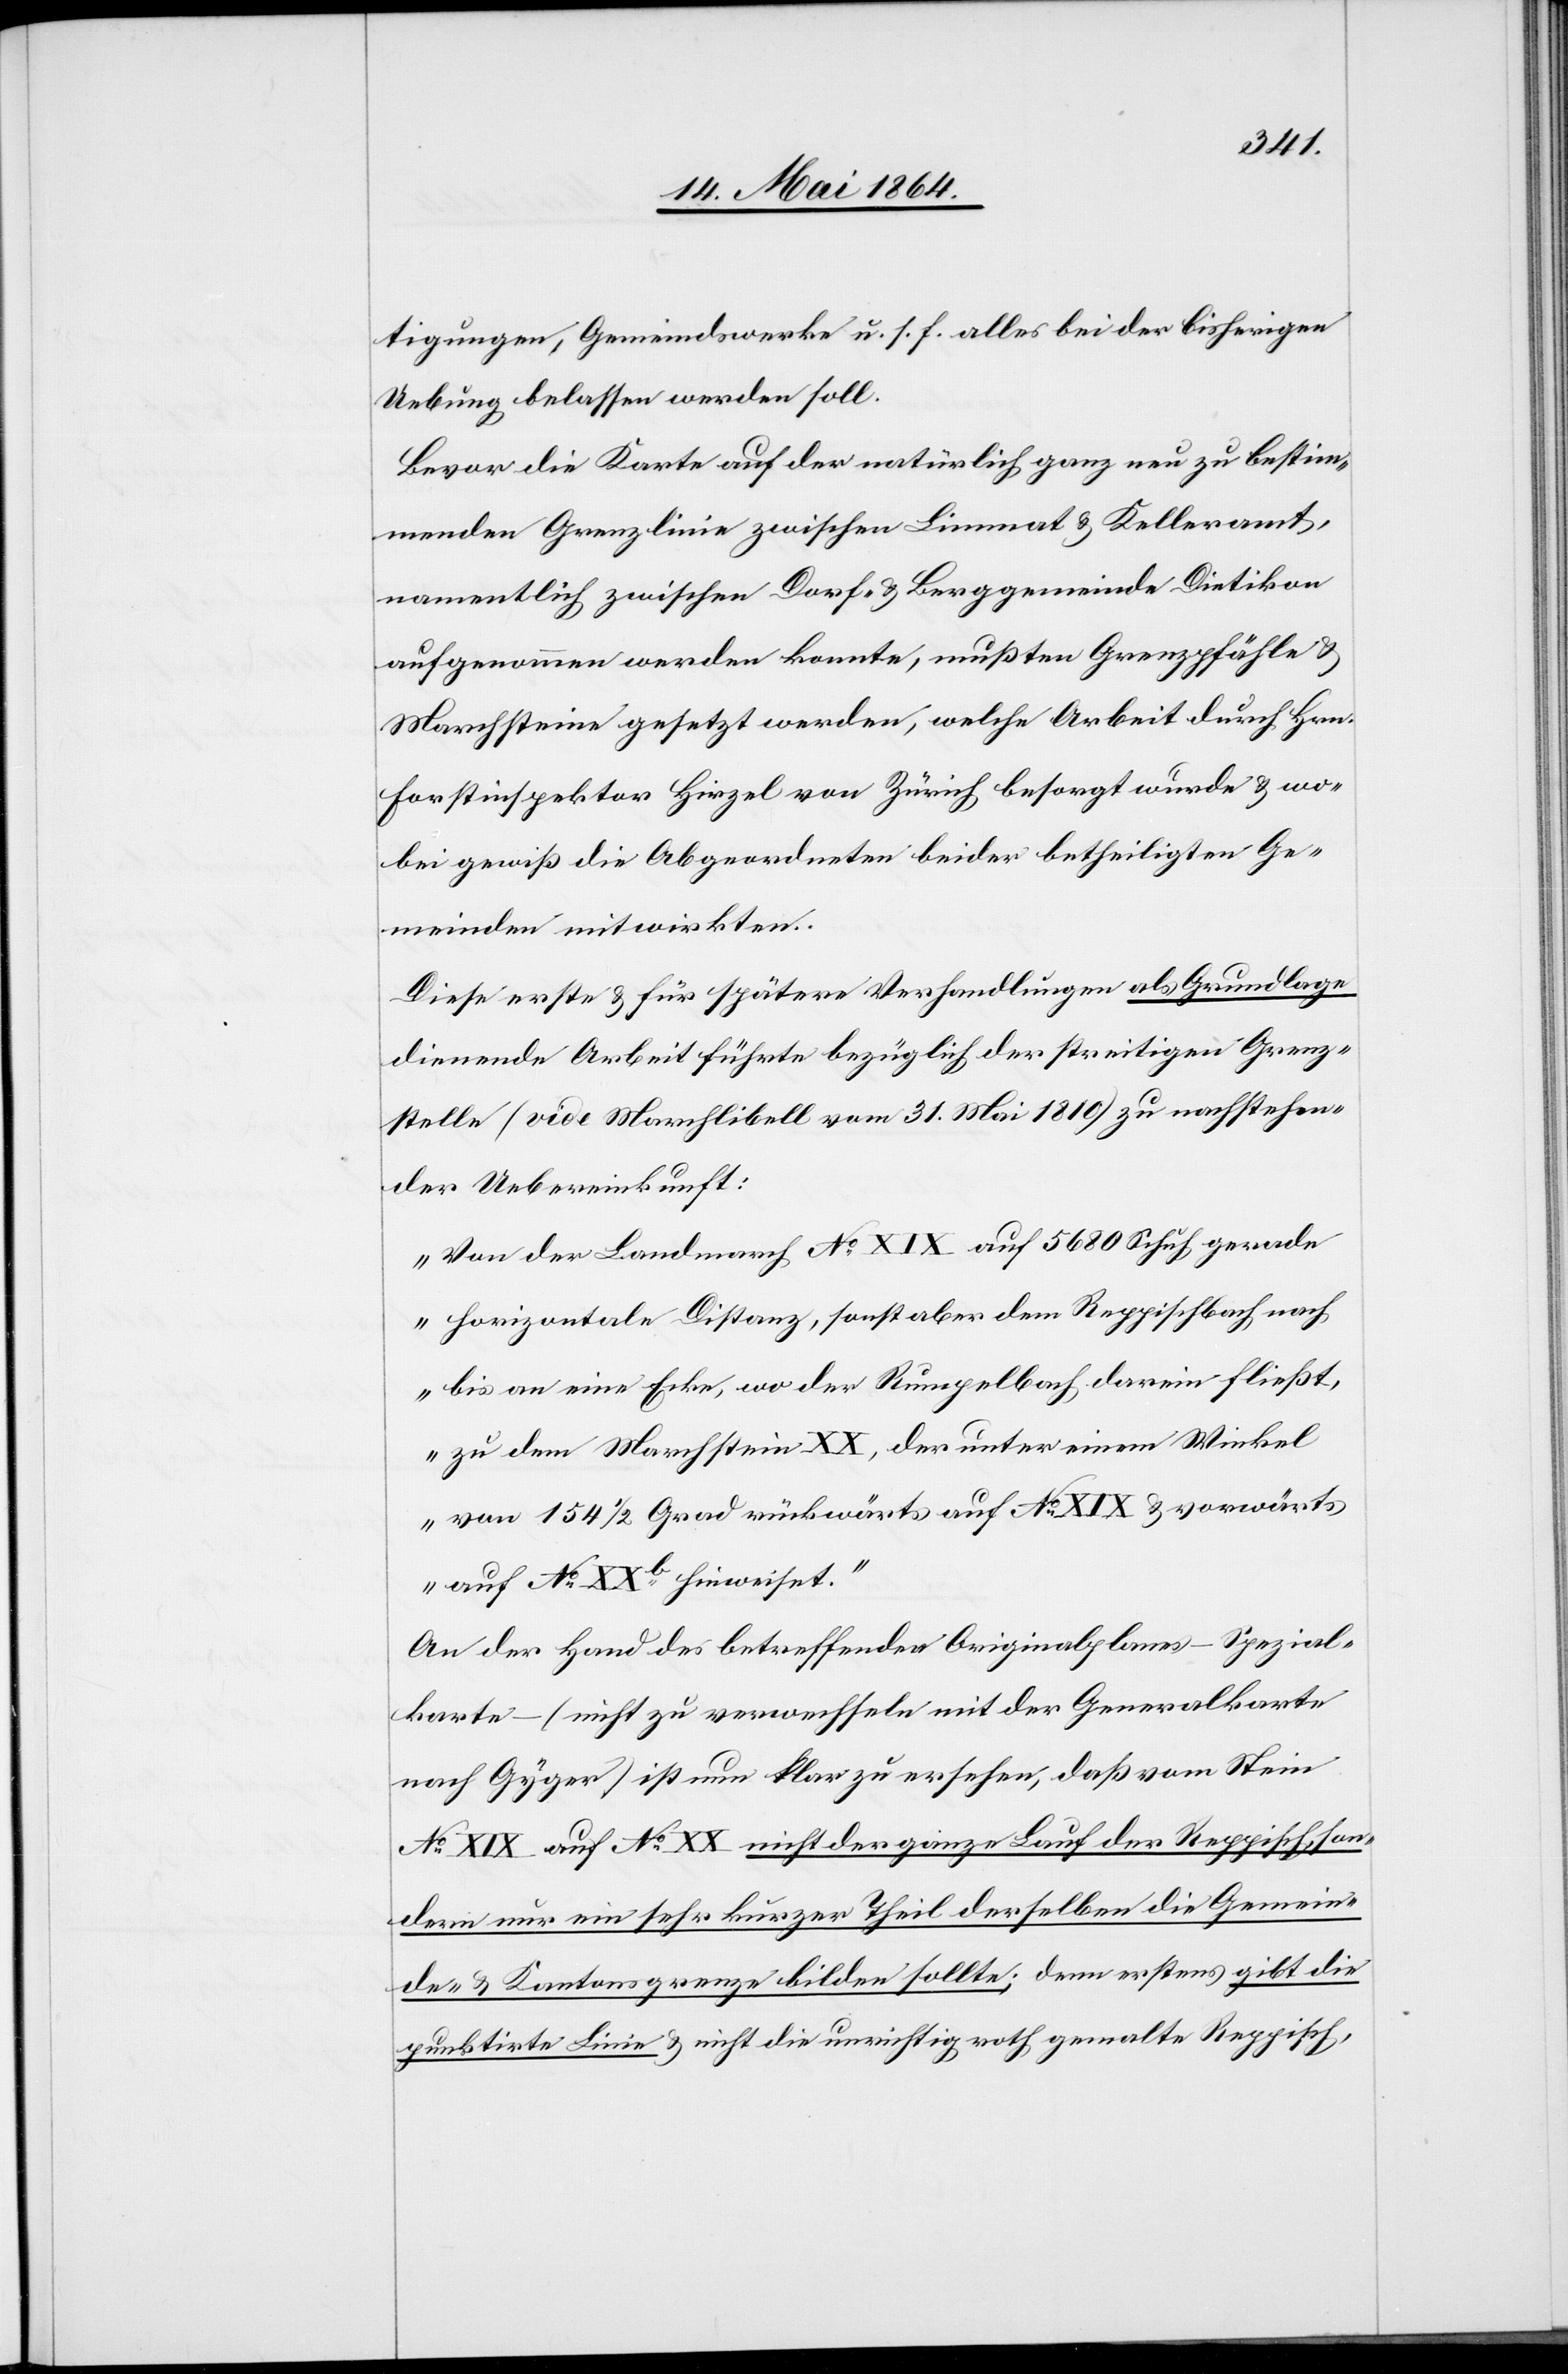
tigungen, Gemeindswerke u. s. f. alles bei der bisherigen
Uebung belassen werden soll.
Bevor die Karte auf der natürlich ganz neu zu bestim¬
menden Grenzlinie zwischen Limmat u. Kelleramt,
namentlich zwischen Dorf- u. Berggemeinde Dietikon
aufgenommen werden konnte, mußten Grenzpfähle u.
Marchsteine gesetzt werden, welche Arbeit durch Hrn.
Forstinspektor Hirzel von Zürich besorgt wurde u. wo¬
bei gewiß die Abgeordneten beider betheiligten Ge¬
meinden mitwirkten.
Diese erste u. für spätere Verhandlungen als Grundlage
dienende Arbeit führte bezüglich der streitigen Grenz¬
stelle (vide Marchlibell vom 31. Mai 1810) zu nachstehen¬
der Uebereinkunft:
„Von der Landmarch No XIX auf 5680 Schuh gerade
horizontale Distanz, sonst aber dem Reppischbach nach
bis an eine Ecke, wo der Rumpelbach darein fließt,
zu dem Marchstein XX, der unter einem Winkel
von 154 1/2 Grand rückwärts auf No XIX u. vorwärts
auf No XXb hinweiset.“
An der Hand des betreffenden Originalplanes – Spezial¬
karte – (nicht zu verwechseln mit der Generalkarte
nach Gyger) ist nun klar zu ersehen, daß vom Stein
No XIX auf No XX nicht der ganze Lauf der Reppisch, son¬
dern nur ein sehr kurzer Theil derselben die Gemein¬
de- u. Kantonsgrenze bilden sollte; denn erstens gibt die
punktirte Linie u. nicht die unrichtig roth gemalte Reppisch,